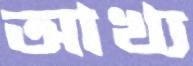
আখ্য